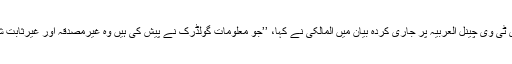
سعودی ٹی وی چینل العربیہ پر جاری کردہ بیان میں المالکی نے کہا، ’’جو معلومات گولڈرِک نے پیش کی ہیں وہ غیرمصدقہ اور غیرثابت شدہ ہیں۔